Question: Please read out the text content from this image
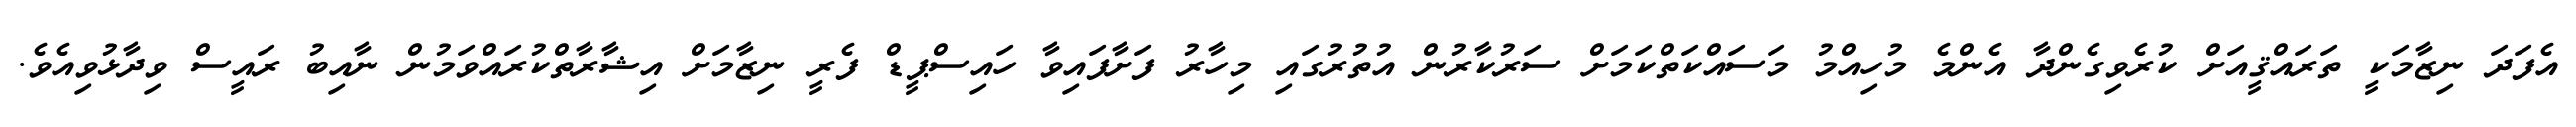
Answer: އެފަދަ ނިޒާމަކީ ތަރައްޤީއަށް ކުރެވިގެންދާ އެންމެ މުހިއްމު މަސައްކަތްކަމަށް ސަރުކާރުން އުތުރުގައި މިހާރު ފަށާފައިވާ ހައިސްޕީޑް ފެރީ ނިޒާމަށް އިޝާރާތްކުރައްވަމުން ނާއިބު ރައީސް ވިދާޅުވިއެވެ.